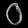
Digit: ၀